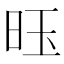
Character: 𫞂